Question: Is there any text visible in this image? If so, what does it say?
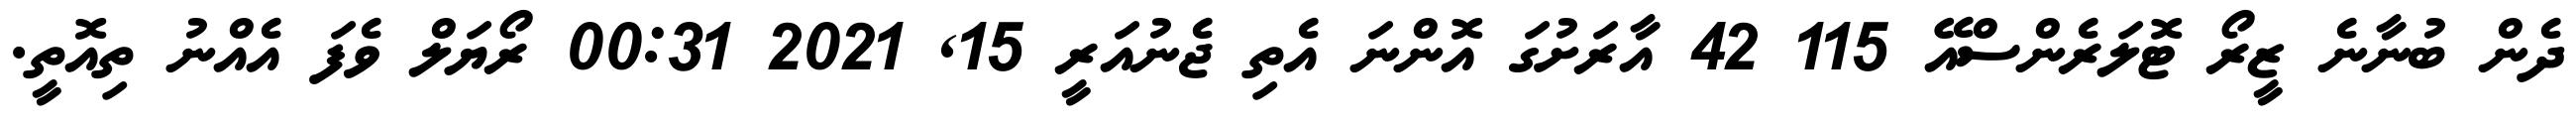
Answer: ދެން ބުނާނެ ޒީރޯ ޓޮލަރެންސްއޭ 115 42 އާރަށުގަ އޮންނަ އެތި ޖެނުއަރީ 15, 2021 00:31 ރޯޔަލް ވެފަ އެއްނު ތިއޮތީ.